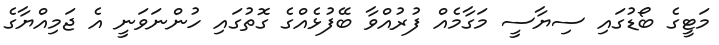
މަޓީގެ ބޯޑުގައި ސިޔާސީ މަގާމެއް ފުރުއްވާ ބޭފުޅެއްގެ ގޮތުގައި ހުންނަވަނީ އެ ޖަމިއްޔާގެ